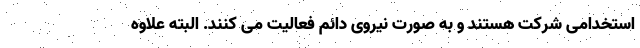
استخدامی شرکت هستند و به صورت نیروی دائم فعالیت می کنند. البته علاوه